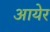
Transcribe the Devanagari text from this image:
आयेर